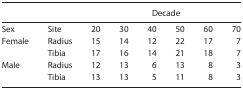
<table><thead><tr><td colspan="8"><b>Decade</b></td></tr></thead><tbody><tr><td>Sex</td><td>Site</td><td>20</td><td>30</td><td>40</td><td>50</td><td>60</td><td>70</td></tr><tr><td>Female</td><td>Radius</td><td>15</td><td>14</td><td>12</td><td>22</td><td>17</td><td>7</td></tr><tr><td></td><td>Tibia</td><td>17</td><td>16</td><td>14</td><td>21</td><td>18</td><td>7</td></tr><tr><td>Male</td><td>Radius</td><td>12</td><td>13</td><td>6</td><td>13</td><td>8</td><td>3</td></tr><tr><td></td><td>Tibia</td><td>13</td><td>13</td><td>5</td><td>11</td><td>8</td><td>3</td></tr></tbody></table>